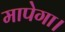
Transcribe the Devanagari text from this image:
मापेगा।